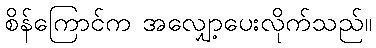
စိန်ကြောင်က အလျှော့ပေးလိုက်သည်။